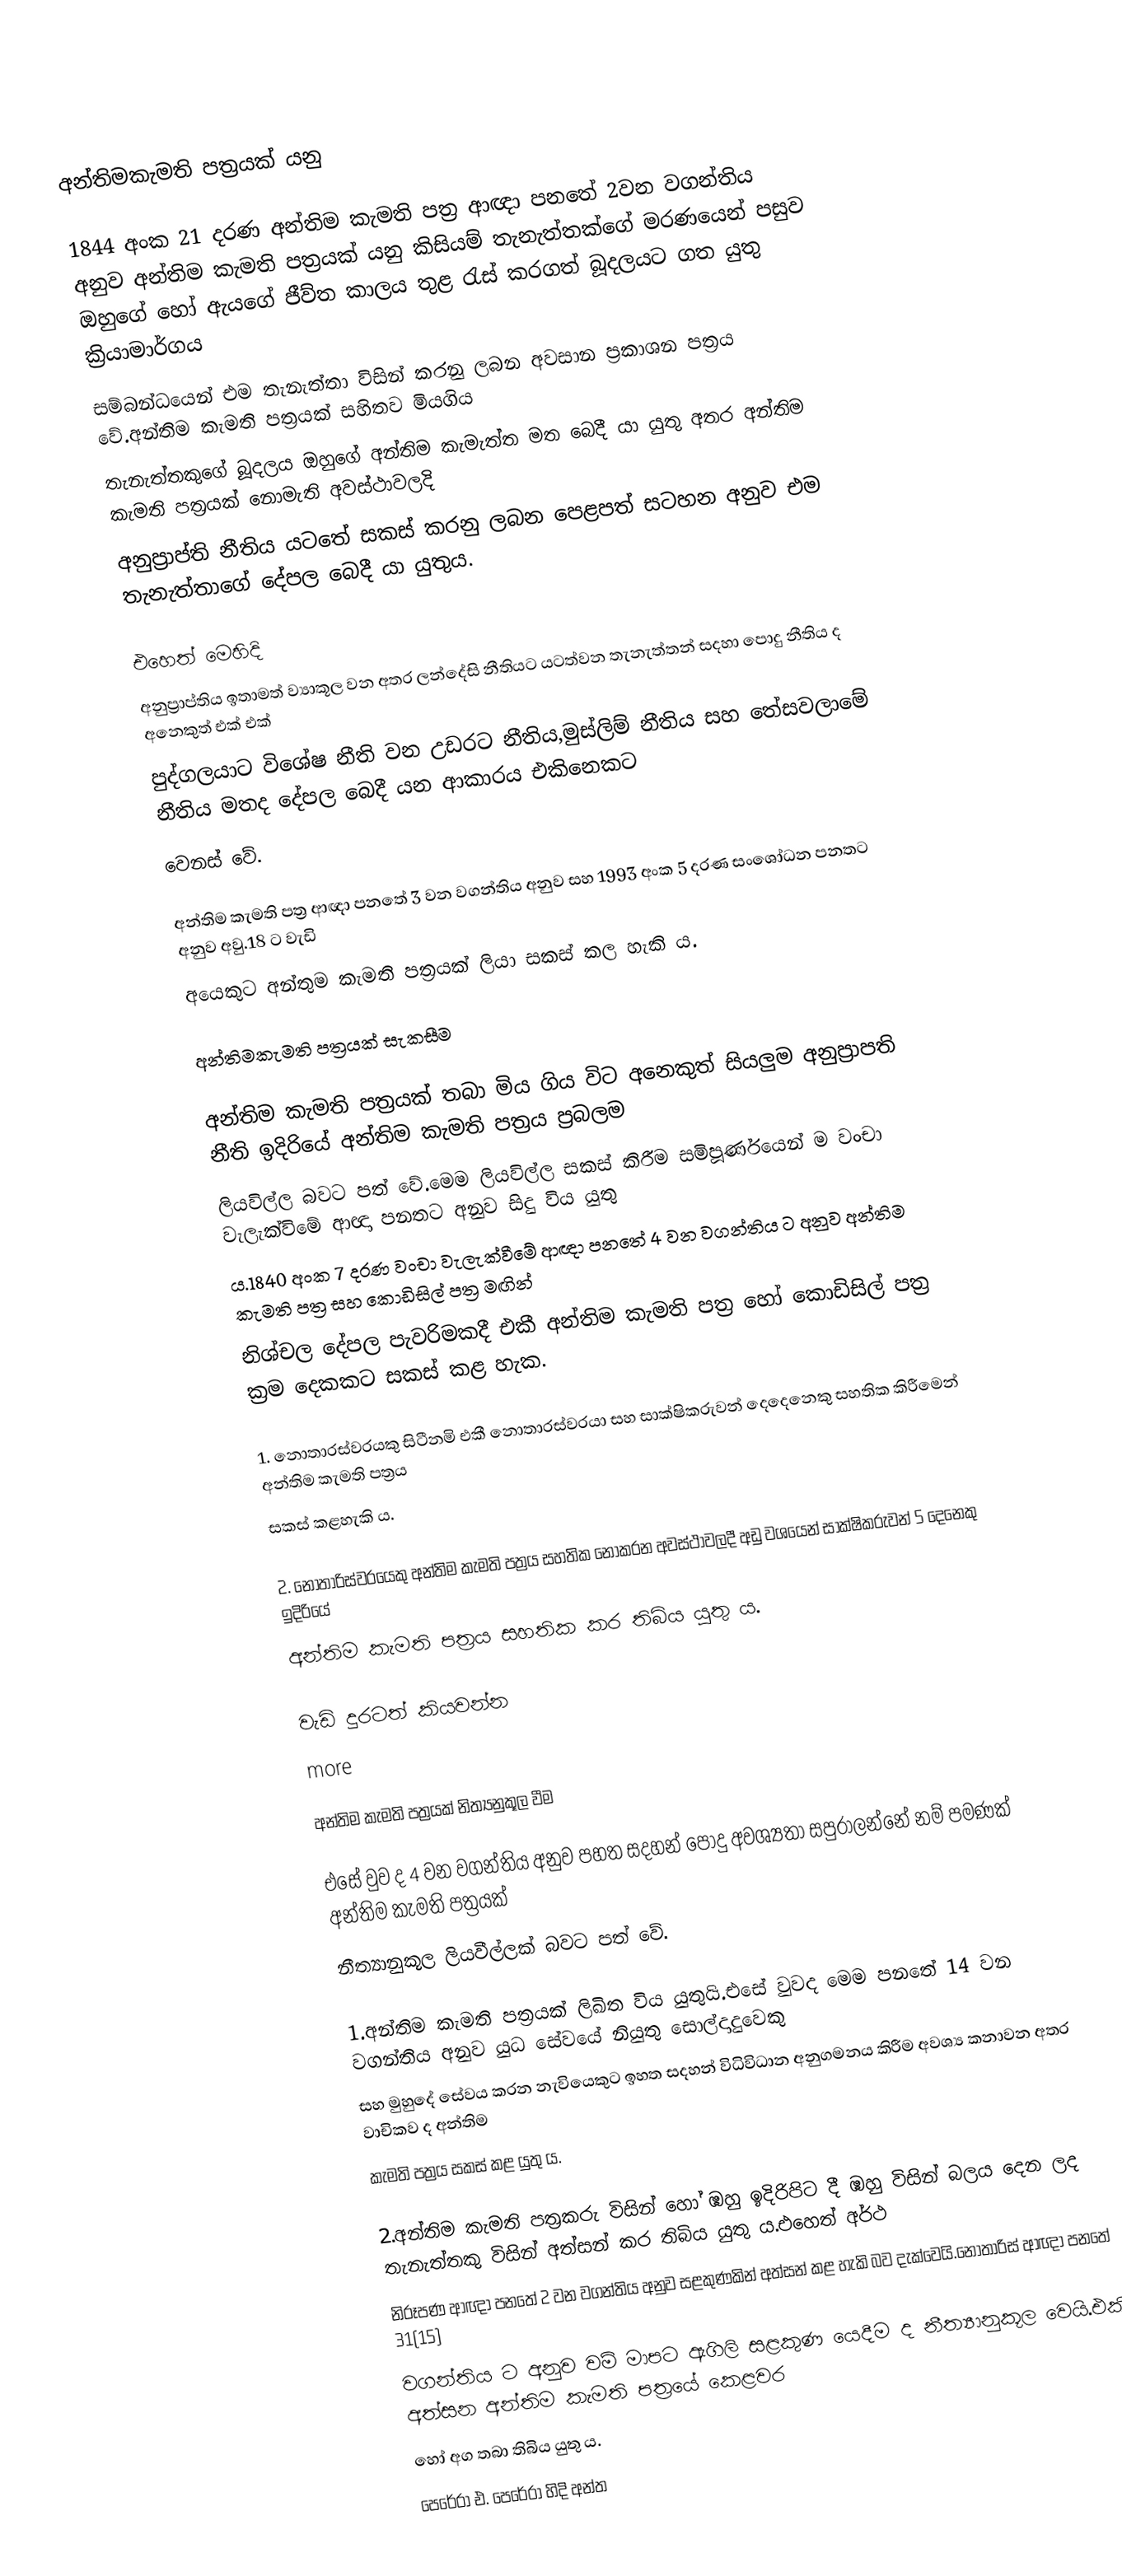

අන්තිමකැමති පත්‍රයක්  යනු

1844 අංක 21 දරණ අන්තිම කැමති පත්‍ර ආඥා පන‍‍තේ 2වන වගන්තිය අනුව අන්තිම කැමති පත්‍රයක් යනු කිසියම් තැනැත්තක්ගේ මරණයෙන් පසුව ඔහුගේ හෝ ඇයගේ ජීව්ත කාලය තුළ රැස් කරගත් බූදලයට ගත යුතු ක්‍රියාමාර්ගය
සම්බන්ධයෙන් එම තැනැත්තා විසින් කරනු ලබන අවසාන ප්‍රකාශන පත්‍රය වේ.අන්තිම කැමති පත්‍රයක් සහිතව මියගිය
තැනැත්තකුගේ බූදලය ඔහුගේ අන්තිම කැමැත්ත මත බෙදී යා යුතු අතර අන්තිම කැමති පත්‍රයක් නොමැති අවස්ථාවලදි
අනුප්‍රාප්ති නීතිය යටතේ සකස් කරනු ලබන පෙළපත් සටහන අනුව එම තැනැත්තාගේ දේපල ‍බෙදී යා යුතුය.

එහෙත් මෙහිදි
අනුප්‍රාප්තිය ඉතාමත් ව්‍යාකූල වන අතර ලන්දේසි නීතියට යටත්වන තැනැත්තන් සදහා පොදු නීතිය ද අනෙකුත් එක් එක්
පුද්ගලයාට විශේෂ නීති වන උඩරට නීතිය,මුස්ලිම් නීතිය සහ තේසවලාමේ නීතිය මතද දේපල බෙදී යන ආකාරය එකිනෙකට
වෙනස් වේ.

අන්තිම කැමති පත්‍ර ආඥා පනතේ 3 වන වගන්තිය අනුව සහ 1993 අංක 5 දරණ සංශෝධන පනතට අනුව අවු.18 ට වැඩි
අයෙකුට අන්තුම කැමති පත්‍රයක් ලියා සකස් කල හැකි ය.

අන්තිමකැමති පත්‍රයක් සැකසීම

     අන්තිම කැමති පත්‍රයක් තබා මිය ගිය විට අනෙකුත් සියලුම අනුප්‍රාපති නීති ඉදිරියේ අන්තිම කැමති පත්‍රය ප්‍රබලම
ලියවිල්ල බවට පත් වේ.මෙම ලියවිල්ල සකස් කිරීම සමිපූර්ණයෙන් ම වංචා වැලැක්විමේ ආඥා පනතට අනුව සිදු විය යුතු
ය.1840 අංක 7 දරණ වංචා වැලැක්වීමේ ආඥා පනතේ 4 වන වගන්තිය ට අනුව අන්තිම කැමති පත්‍ර සහ කොඩිසිල් පත්‍ර මඟින්
නිශ්චල දේපල පැවරිමකදී එකී අන්තිම කැමති පත්‍ර හෝ කොඩිසිල් පත්‍ර ක්‍රම දෙකකට සකස් කළ හැක.

1. නොතාරස්වරයකු සිටීනමි එකී නොතාරස්වරයා සහ සාක්ෂිකරුවන් දෙදෙනෙකු සහතික කිරීමෙන් අන්තිම කැමති පත්‍රය
සකස් කළහැකි ය.

2. නොතාරිස්වරයෙකු අන්තිම කැමති පත්‍රය සහතික නොකරන අවස්ථාවලදී අඩු වශයෙන් සාක්ෂිකරුවන් 5 දෙනෙකු ඉදිරියේ
අන්තිම කැමති පත්‍රය සහතික කර තිබිය යුතු ය.

වැඩි දුරටත් කියවන්න
more

අන්තිම කැමති පත්‍රයක් නිත්‍යනුකූල වීම

එසේ වුව ද 4 වන වගන්තිය අනුව පහත සදහන් පොදු අවශ්‍යතා සපුරාලන්නේ නම් පමණක් අන්තිම කැමති පත්‍රයක්
නීත්‍යානුකූල ලියවීල්ලක් බවට පත් වේ.

1.අන්තිම කැමති පත්‍රයක් ලිඛිත විය යුතුයි.එසේ වුවද මෙම පනතේ 14 වන වගන්තිය අනුව යුධ සේවයේ නියුතු සොල්දාදුවෙකු
සහ මුහුදේ සේවය කරන නැවියෙකුට ඉහත සදහන් විධිවිධාන අනුගමනය කිරීම අවශ්‍ය කනාවන අතර වාචිකව ද අන්තිම
කැමති පත්‍රය සකස් කළ යුතු ය.

2.අන්තිම කැමති පත්‍රකරු විසින් හෝ ඹහු ඉදිරිපිට දී ඹහු විසින් බලය දෙන ලද තැනැත්තකු විසින් අත්සන් කර තිබිය යුතු ය.එහෙත් අර්ථ
නිරූපණ ආඥා පනතේ 2 වන වගන්තිය අනුව සළකුණකින් අත්සන් කළ හැකි බව දැක්‍‍වෙයි.නොතාරිස් ආඥා පනතේ 31(15)
වගන්තිය ට අනුව වම් මාපට ඇගිලි සළකුණ යෙදීම ද නීත්‍යානුකූල වෙයි.එකී අත්සන  අන්තිම කැමති පත්‍රයේ කෙළවර
හෝ අග තබා තිබිය යුතු ය.
පෙරේරා එ. පෙරේරා හිදි අන්ත